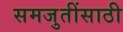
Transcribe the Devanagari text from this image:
समजुतींसाठी